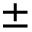
\pm